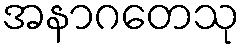
အနာဂတေသု